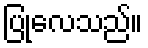
ပြုလေသည်။